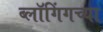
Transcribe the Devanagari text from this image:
ब्लॉगिंगच्या